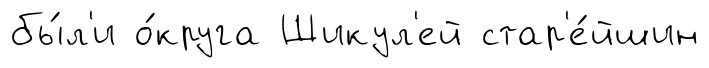
бы́л'и о́круга Шикул'ей стар'е́йшин